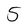
Character: 5